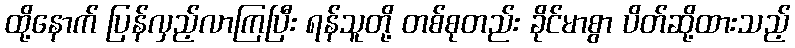
ထို့နောက် ပြန်လှည့်လာကြပြီး ရန်သူတို့ တစ်စုတည်း ခိုင်မာစွာ ပိတ်ဆို့ထားသည့်